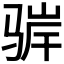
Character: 𬴁